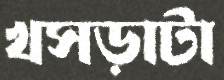
খসড়াটা